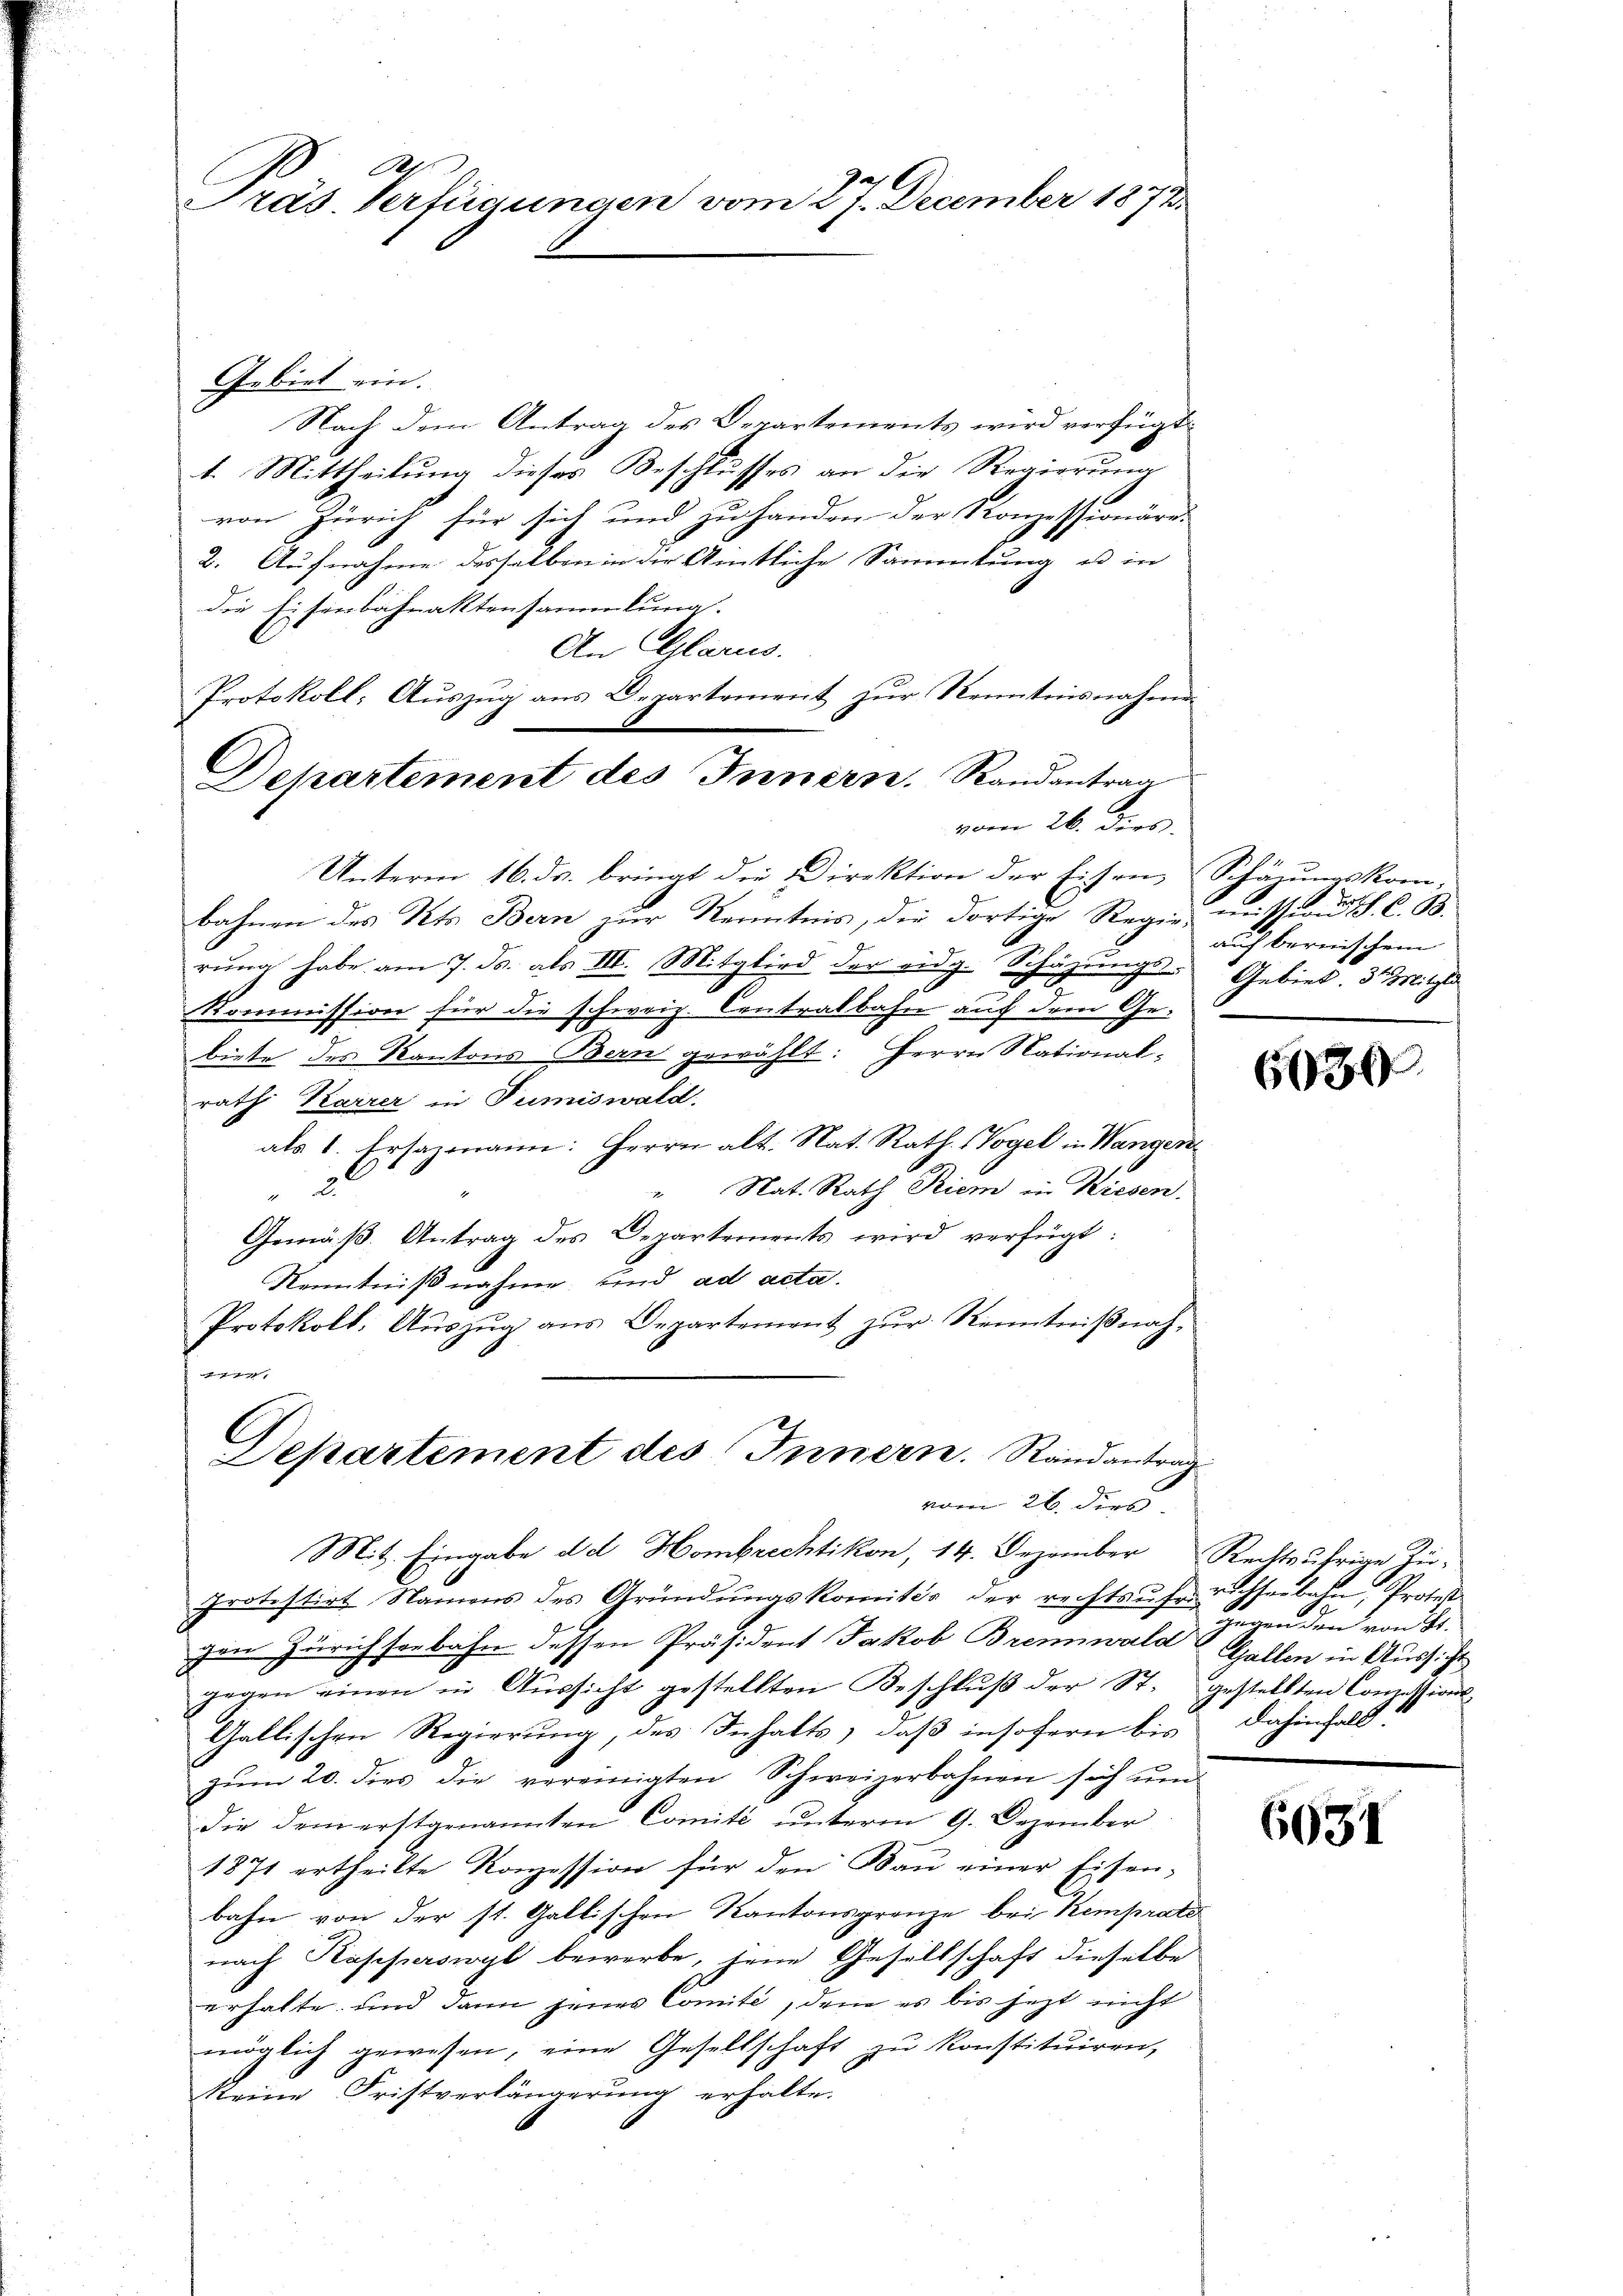
Ap
Präs. Verfügungen vom 27. December 1873.

Gebiet ein.
Nach dem Antrag des Departements wird verfügt:
t. Mittheilung dieses Beschlusses an die Regierung
von Zürich für sich und zu handen der Konzessionäre
2. Aufnahme desselben in die Amtliche Sammlung u in
die Eisenbahnaktensammlung.
An Glarus.
Protokoll: Auszug aus Departement zur Kenntnisnahmen
vom 26. dies.
Unterm 16. ds. bringt die Direktion der Eisen, Schäzungskom-
bahnen des Kts. Bern zŭr Kenntnis, die dortige Regen, mission S. C. 98.
rŭng habe am 7. ds. als III. Mitglied der eidg. Schazungs- Gebiet. 3. Mitgli
Kommission für die schweiz. Contralbahn auf dem Gebiete des Kantons Bern gewählt: Herrn National-
rath Karrer in Tumiswald
als 1. Ersazmann: Herrn alt. Nat. Rath. (Vogel in Wangen
" Nat. Rath Priem in Kiesen.
2.
Gemäß. Antrag des Departements wird verfügt:
Kenntnißnahme, und ad acta.
Protokoll: Auszug aus Departement zur Kenntnißnah¬
|

Departement des Innern. Randantrag

Departement des Innern. Randantrag
vom 26. Dero.

Mit. Eingabe dd Hombrechtikon, 14. Dezember Rechtsufrige Zu-
protestirt Namens des Gründŭngskomités der rechtsŭfe richseebahn, Protes
gen Zürich seebahn dessen Präsident Jakob Brennwald Gallen in Aussicht
gegen einen in Aŭssicht gestellten Beschlŭβ der St. gestellten Conzessions-
Gallischen Regierung, des Inhalts, daß insofern bis
zŭm 20. dies die vereinigten Schweizerbahnen sich ŭm
die dem erstgenannten Comité unterm 9. Dezember
1871 ertheilte Konzession für den Bau einer Eisenbahn von der st. Gallischen Kantonsgrenze bei Kemprato
nach Kapperswyl bewerbe, jene Gesellschaft dieselbe
erhalte und dann jenes Comité, dem es bis jezt nicht
möglich gewesen, eine Gesellschaft zu konstituiren,
Reine Fristverlängerŭng erhalte.

1
auf bereischen

6030

gegen den von St.
dahinfall.

6631